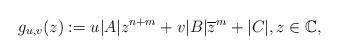
LaTeX: \begin{align*}g_{u,v}(z):= u|A|z^{n+m}+v|B|\overline{z}^m+|C|, z\in \mathbb{C},\end{align*}